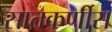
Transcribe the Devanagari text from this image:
सातकर्णीस